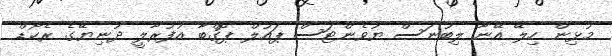
މުޅިން ހިލޭ އޭނާ ލިބުނަސް ޔުވެންޓަސް ޕައުލް ޕޮގްބާ އުފުރާލީ ދުނިޔޭގެ ރެކޯޑް